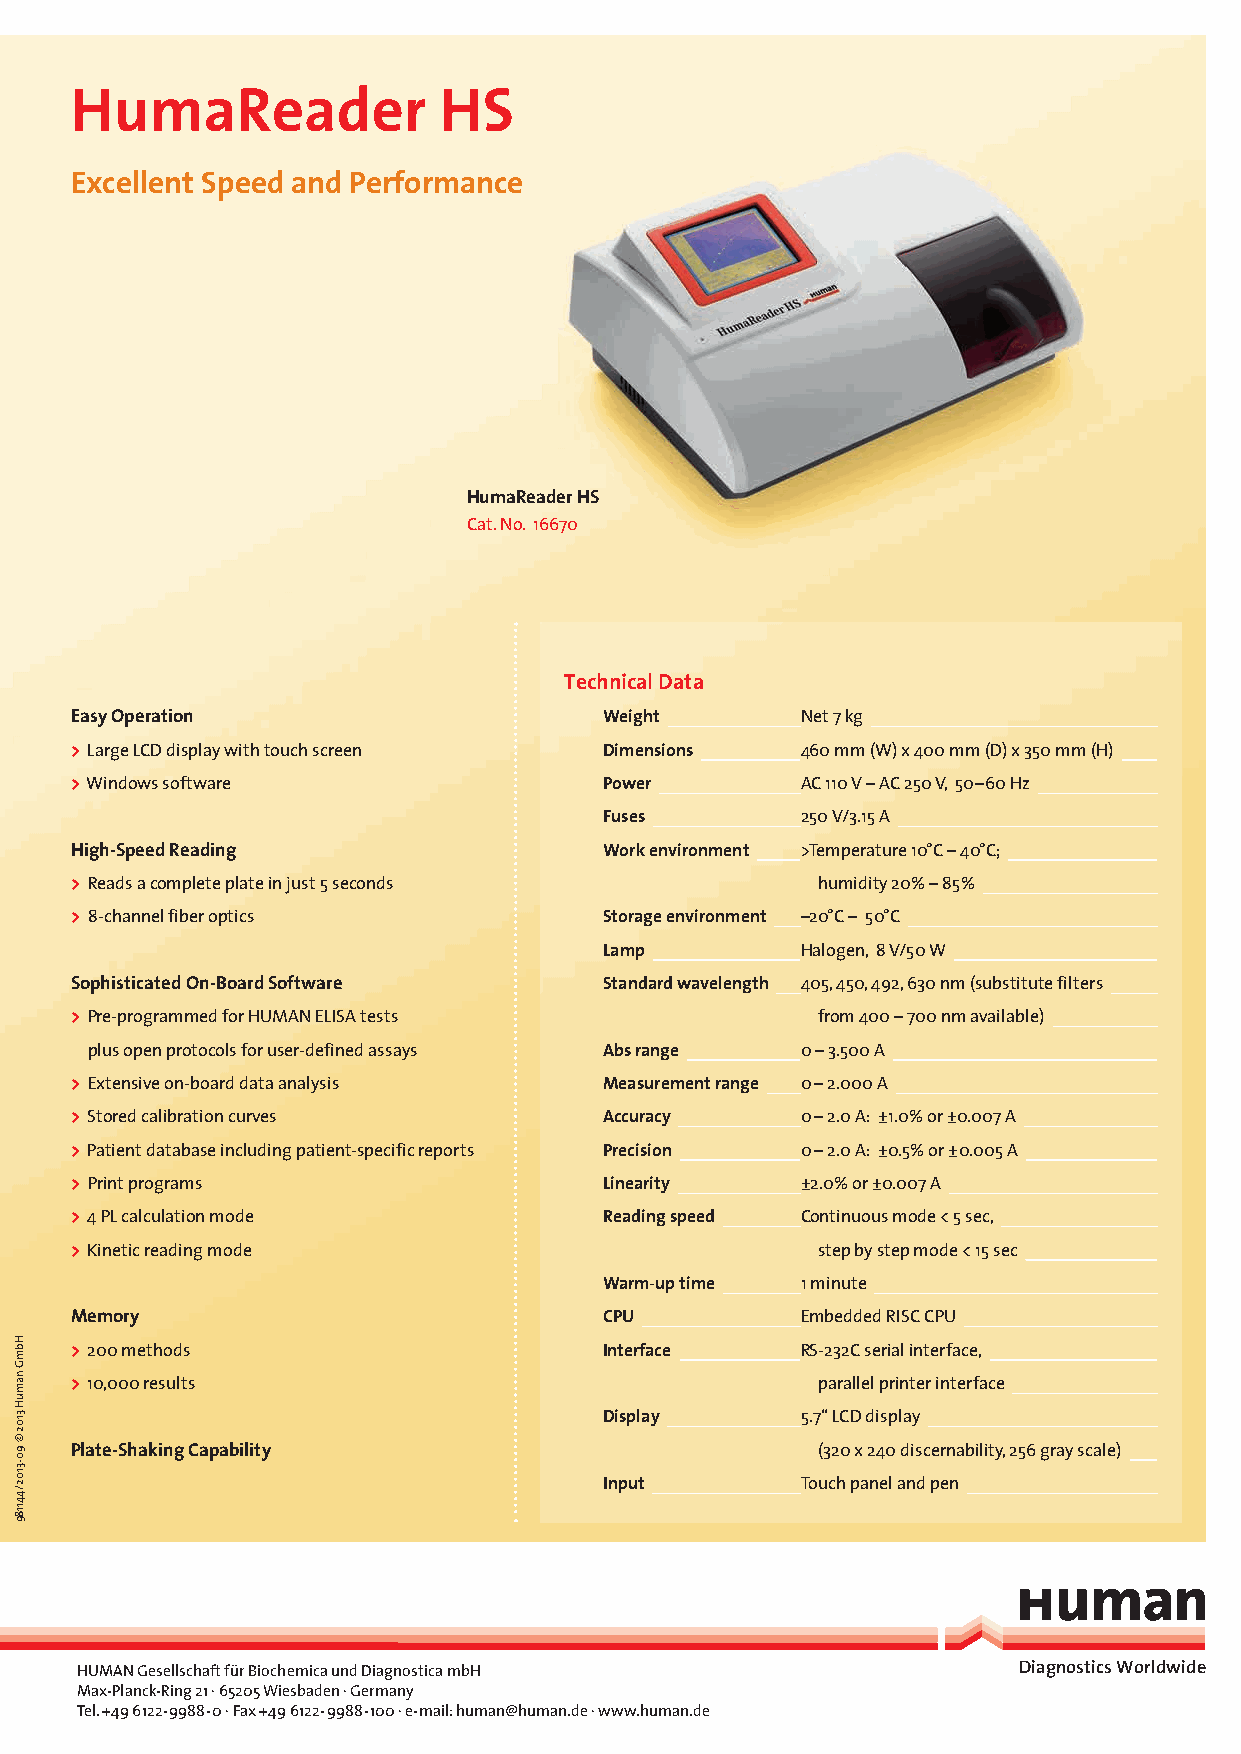
HumaReader              HS
 Excellent Speed and Performance
 HumaReader HS
 Cat. No. 16670
 Technical Data
 Easy Operation                     Weight       Net 7 kg
 > Large LCD display with touch screen Dimensions 460 mm (W) x 400 mm (D) x 350 mm (H)
 > Windows software                 Power        AC 110 V – AC 250 V, 50–60 Hz
 Fuses        250 V/3.15 A
 High-Speed Reading                 Work environment >Temperature 10°C – 40°C;
 > Reads a complete plate in just 5 seconds       humidity 20% – 85%
 > 8-channel fiber optics           Storage environment –20°C – 50°C
 Lamp         Halogen, 8 V/50 W
 Sophisticated On-Board Software    Standard wavelength 405, 450, 492, 630 nm (substitute filters
 > Pre-programmed for HUMAN ELISA tests           from 400 – 700 nm available)
 plus open protocols for user-defined assays Abs range 0 – 3.500 A
 > Extensive on-board data analysis Measurement range 0 – 2.000 A
 > Stored calibration curves        Accuracy     0 – 2.0 A: ±1.0% or ±0.007 A
 > Patient database including patient-specific reports Precision 0 – 2.0 A: ±0.5% or ±0.005 A
 > Print programs                   Linearity    ±2.0% or ±0.007 A
 > 4 PL calculation mode            Reading speed Continuous mode < 5 sec,
 > Kinetic reading mode                           step by step mode < 15 sec
 Warm-up time 1 minute
 Memory                             CPU          Embedded RISC CPU
 > 200 methods                      Interface    RS-232C serial interface,
 > 10,000 results                                 parallel printer interface
 Display      5.7‘‘ LCD display
 Plate-Shaking Capability                         (320 x 240 discernability, 256 gray scale)
 Input        Touch panel and pen
 HUMAN Gesellschaft für Biochemica und Diagnostica mbH         Diagnostics Worldwide
 Max-Planck-Ring 21 · 65205 Wiesbaden · Germany
 Tel. +49 6122-9988-0 · Fax +49 6122-9988-100 · e-mail: human@human.de · www.human.de
 HbmG
 namuH
 3102
 ©
 90-3102/441189